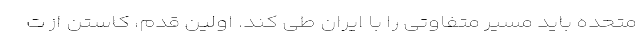
متحده باید مسیر متفاوتی را با ایران طی کند. اولین قدم، کاستن از ت